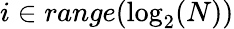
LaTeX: i\in range(\log_{2}(N))